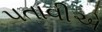
પતાવીએ